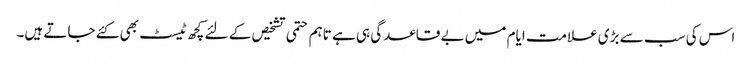
اس کی سب سے بڑی علامت ایام میں بے قاعدگی ہی ہے تاہم حتمی تشخیص کے لئے کچھ ٹیسٹ بھی کئے جاتے ہیں۔